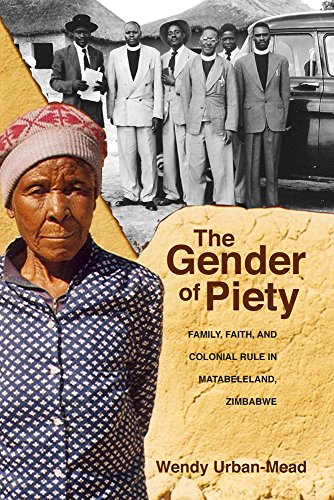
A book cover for Gender of Piety: Family, Faith, and Colonial Rule in Matabeleland, Zimbabwe; Wendy Urban-Mead; Biographies & Memoirs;